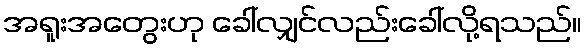
အရူးအတွေးဟု ခေါ်လျှင်လည်းခေါ်လို့ရသည်။